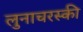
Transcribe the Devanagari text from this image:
लुनाचरस्की